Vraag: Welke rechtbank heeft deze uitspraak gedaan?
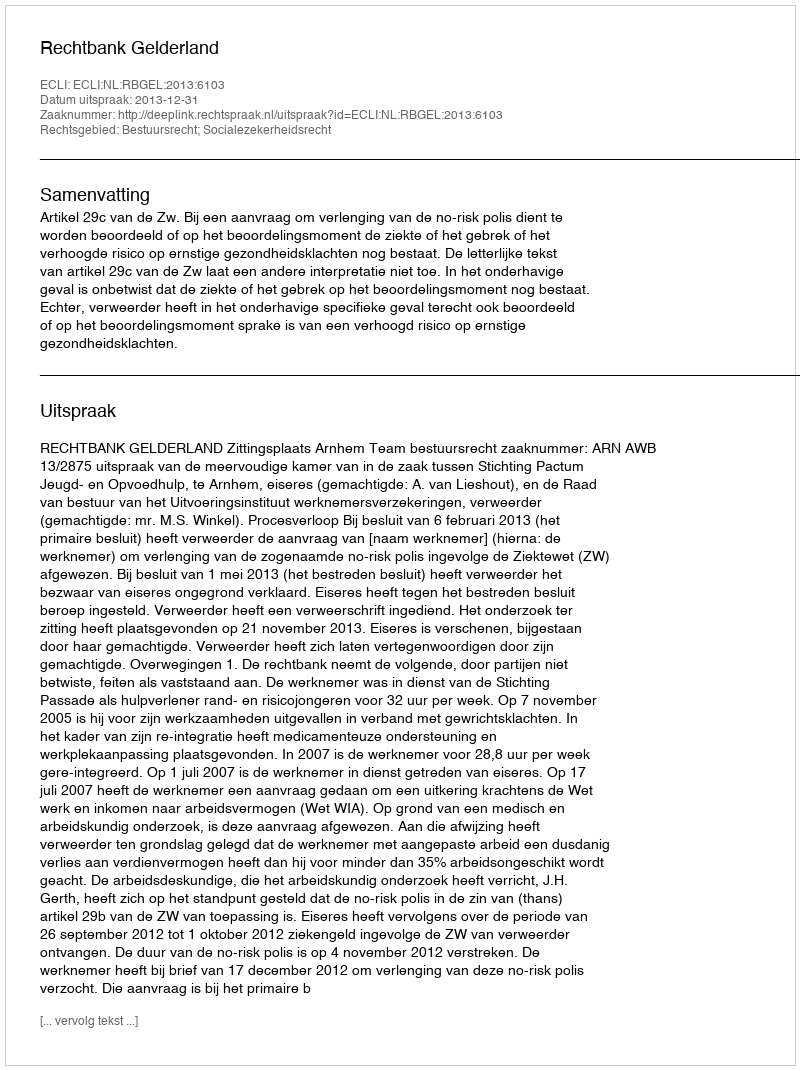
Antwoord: Rechtbank Gelderland